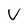
Character: V